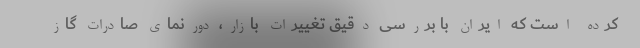
کرده است که ایران با بررسی دقیق تغییرات بازار، دورنمای صادرات گاز